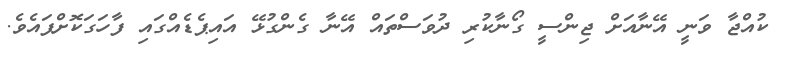
ކުއްޖާ ވަނީ އޭނާއަށް ޖިންސީ ގޯނާކުރި ދުވަސްތައް އޭނާ ގެންގުޅޭ އައިޕެޑެއްގައި ފާހަގަކޮށްފައެވެ.